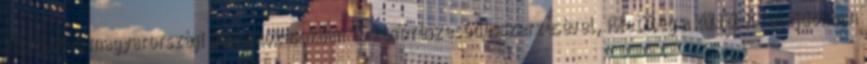
külföldiek magyarországi vállalkozásokban történő részesedésszerzésével, illetőleg a külföldi tulajdonban